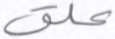
علق